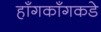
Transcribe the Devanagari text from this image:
हाँगकाँगकडे